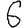
Digit: 6